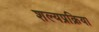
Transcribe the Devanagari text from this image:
शल्यप्रक्रिया